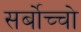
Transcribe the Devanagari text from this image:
सर्बोच्चो